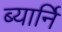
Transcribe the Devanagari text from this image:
ब्यार्नि